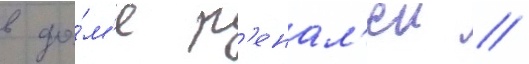
в до́м'е р'енал'еи //